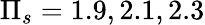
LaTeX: \Pi_{s}=1.9,2.1,2.3